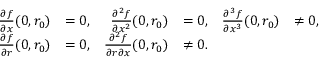
{ \begin{array} { r l r l r l } { { \frac { \partial f } { \partial x } } ( 0 , r _ { 0 } ) } & { = 0 , } & { { \frac { \partial ^ { 2 } f } { \partial x ^ { 2 } } } ( 0 , r _ { 0 } ) } & { = 0 , } & { { \frac { \partial ^ { 3 } f } { \partial x ^ { 3 } } } ( 0 , r _ { 0 } ) } & { \neq 0 , } \\ { { \frac { \partial f } { \partial r } } ( 0 , r _ { 0 } ) } & { = 0 , } & { { \frac { \partial ^ { 2 } f } { \partial r \partial x } } ( 0 , r _ { 0 } ) } & { \neq 0 . } \end{array} }